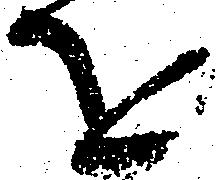
を